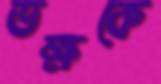
ভক্ষকে